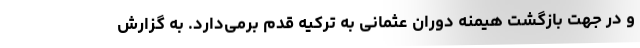
و در جهت بازگشت هیمنه دوران عثمانی به ترکیه قدم بر­می­دارد. به گزارش